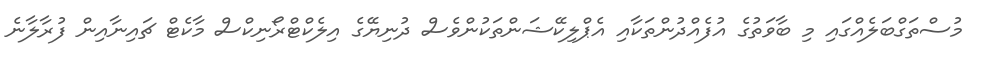
މުސްތަގްބަލެއްގައި މި ބާވަތުގެ އުފެއްދުންތަކާއި އެޕްލިކޭޝަންތަކުންވެސް ދުނިޔޭގެ އިލެކްޓްރޯނިކްސް މާކެޓް ޗައިނާއިން ފުރާލާނެ